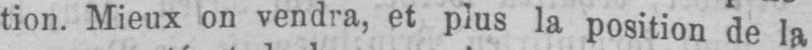
tion. Mieux on vendra, et plus la position de la